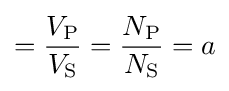
={\frac {V_{\text{P}}}{V_{\text{S}}}}={\frac {N_{\text{P}}}{N_{\text{S}}}}=a